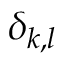
\delta _ { k , l }